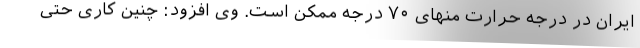
ایران در درجه حرارت منهای ۷۰ درجه ممکن است. وی افزود: چنین کاری حتی